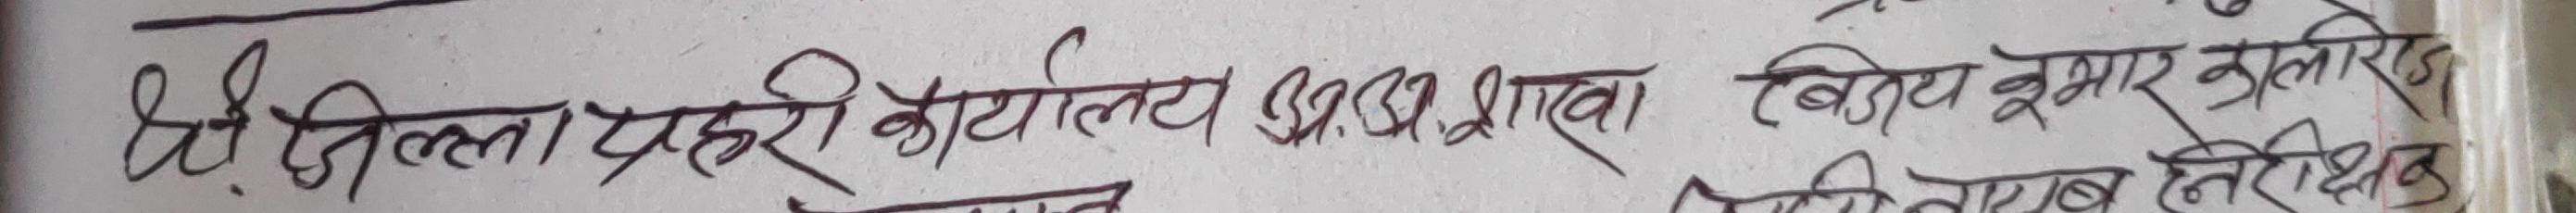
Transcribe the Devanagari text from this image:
श्री जिल्ला प्रहरी कार्यालय अनुसन्धान शाखा विजय कुमार कालो